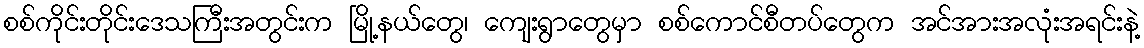
စစ်ကိုင်းတိုင်းဒေသကြီးအတွင်းက မြို့နယ်တွေ၊ ကျေးရွာတွေမှာ စစ်ကောင်စီတပ်တွေက အင်အားအလုံးအရင်းနဲ့